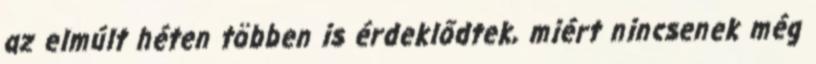
az elmúlt héten többen is érdeklődtek, miért nincsenek még